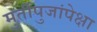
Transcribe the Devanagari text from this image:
मुर्तीपुजांपेक्षा